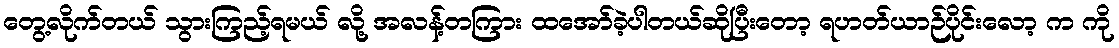
တွေ့လိုက်တယ် သွားကြည့်ရမယ် လို့ အလန့်တကြား ထအော်ခဲ့ပါတယ်ဆိုပြီးတော့ ရဟတ်ယာဉ်ပိုင်းလော့ က ကို